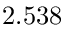
2 . 5 3 8